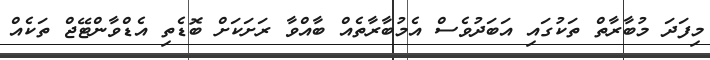
މިފަދަ މުބާރާތް ތަކުގައި އަބަދުވެސް އެމުބާރާތެއް ބާއްވާ ރަށަކަށް ބޮޑެތި އެޑްވާންޓޭޖް ތަކެއް